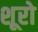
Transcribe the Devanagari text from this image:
शूरो